Vaccination in Bombay 1902-1912 - 1902-1912
Year: 1902
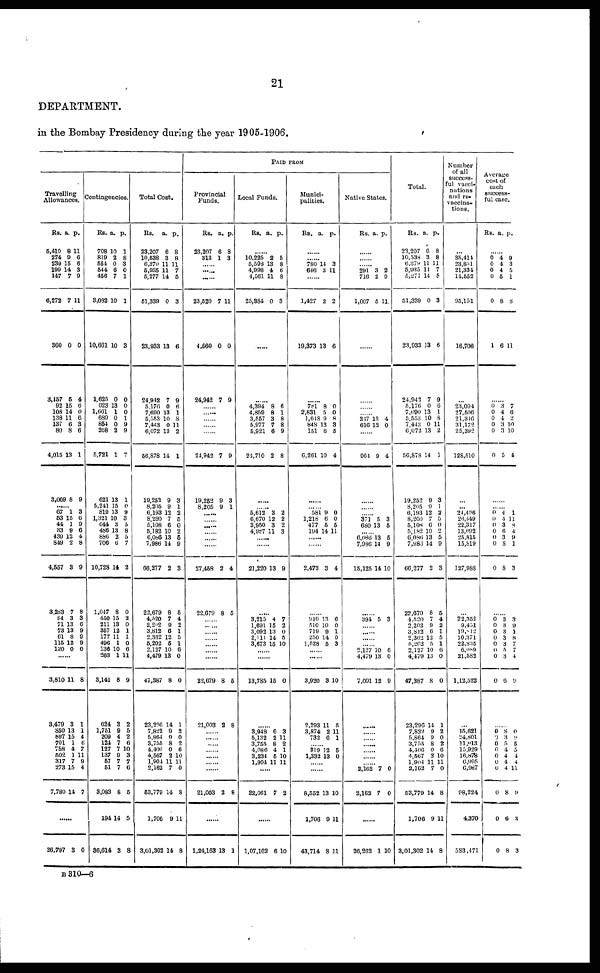
21
DEPARTMENT.
in the Bombay Presidency during the year 1905-1906.
Travelling
Allowances.
Rs.
5,410
274
239
199
147
6,272
360
3,457
92
108
138
137
80
4,015
3,069
a.
8
9
15
14
7
7
0
6
15
14
11
6
8
13
8
p.
11
6
6
3
9
11
0
4
6
0
6
3
6
1
9
......
67
63
44
S3
439
849
4,557
3,283
84
71
73
61
115
120
1
15
1
9
12
2
3
7
3
13
13
8
12
0
3
6
9
6 4
8
9
8
3
6
9
9
9
0
......
3,810
3,479
850
897
701
756
502
317
273
7,780
11
3
13
15
1
4
1
7
15
14
8
1
1
4
6
7
11
9
4
7
......
26,797 3 0
Contingencies.
Rs.
708
819
551
544
456
3,082
10,661
1,625
623
1,661
689
854
268
5,721
621
5,241
819
1,321
644
486
886
706
10,728
1,047
450
211
357
177
496
136
263
3,141
624
1,751
209
124
127
137
57
51
3,083
194
86,614
a.
10
2
0
6
7
10
10
0
13
1
0
0
2
1
13
15
13
10
3
13
2
6
14
8
15
13
12
11
1
10
1
8
3
9
4
7
7
9
7
7
8
14
3
p.
1
8
3
0
1
1
3
0
0
0
1
9
9
7
1
0
9
3
5
8
5
7
2
0
2
0
1
1
0
6
11
9
2
5
2
6
10
3
7
6
5
5
8
Total Cost.
Rs.
23,207
10,538
6,379
5,935
5,277
51,339
23,933
24,942
5,176
7 690
5,653
7,443
6,072
56,878
19,252
8,205
6,193
8,260
5,108
5,182
6,086
7,986
66,277
22,679
4,520
2,202
3,812
2,362
5,202
2,127
4,479
47,387
23,206
7,822
5,864
3,755
4,406
4,567
1,904
2,162
53,779
1,706
3,01,302
a.
6
3
11
11
14
0
13
7
0
13
10
0
13
14
9
9
12
7
6
10
13
14
2
8
7
9
6
12
5
10
13
8
14
9
9
8
0
2
11
7
14
9
14
p.
8
8
11
7
5
3
6
9
6
1
8
11
2
1
3
1
2
5
0
2
5
9
3
5
4
2
1
5
1
6
0
0
1
2
0
2
6
10
11
0
8
11
8
PAID FROM
Provincial
Funds.
Rs.
23,207
313
a.
6
1
p.
8
3
......
......
......
23,520
4,560
24,942
7
0
7
11
0
9
......
......
......
......
......
24,942
19,262
8,205
7
9
9
9
3
1
......
......
......
......
......
......
27,458
22,679
2
8
4
5
......
......
......
......
......
......
......
22,679
21,003
8
2
5
8
......
......
......
......
......
......
......
21,003 2 8
......
1,24,163 13 1
Local Funds.
Rs. a. p.
......
10,225
5,598
4,998
4,561
25,384
2
13
4
11
0
5
8
6
8
3
......
......
4,394
4,859
3,557
5,977
5,921
24,710
8
8
3
7
6
2
6
1
8
8
9
8
......
......
5,612
6,670
3,950
4,987
3
12
3
11
2
2
2
3
......
......
21,220 13 9
......
3,215
1,691
3,092
2,111
3,673
4
15
13
14
15
7
2
0
5
10
......
......
13,785 15 0
......
3,948
5,132
3,755
4,086
3,234
1,904
6
2
8
4
5
11
3
11
2
1
10
11
......
22,061 7 2
......
1,07,162 6 10
Munici-
palities.
Rs. a. p.
......
......
780
646
14
3
3
11
......
1,427
19,373
2
13
2
6
......
781
2,631
1,648
848
151
6,261
8
5
9
13
6
10
0
0
8
3
5
4
......
......
58
1,218
477
194
9
6
5
14
0
0
5
11
......
......
2,472 3 4
......
910
510
719
250
1,528
13
10
9
14
5
6
0
1
0
3
......
......
3,920
2,293
3,874
732
3
11
2
6
10
5
11
1
......
319
1,332
12
13
5
0
......
......
8,552
1,706
43,714
13
9
8
10
11
11
Native States.
Rs. a. p.
......
......
......
291
716
1,007
3
2
5
2
9
11
......
......
......
......
347
616
13
12
4
0
......
964 9 4
......
......
......
371
680
5
13
3
5
......
6,086
7,986
15,125
13
14
14
5
9
10
......
394 5 3
......
......
......
......
2,127
4,479
7,001
10
13
12
6
0
9
......
......
......
......
......
......
......
2,162
2,162
7
7
0
0
......
26,262 1 10
Total.
Rs.
23,207
10,538
6,379
5,935
5,277
51,339
23,933
24,942
5,176
7,690
5,553
7,443
6,072
50,878
19,252
8,205
6,193
8,260
5,108
5,182
6,086
7,976
66,277
22,679
4,520
2,202
3,812
2,362
5,202
2,127
4,479
47,387
23,296
7,822
5,864
3,755
4,406
4,567
1,904
2,162
53,779
1,706
3,01,302
a.
6
3
11
11
14
0
13
7
0
13
10
0
13
14
9
9
12
7
6
10
13
14
2
8
7
9
6
12
5
10
13
8
14
9
9
8
0
2
11
7
14
9
14
p.
8
8
11
7
5
3
6
9
6
1
8
11
2
1
3
1
2
5
0
2
5
9
3
5
4
2
1
5
1
6
0
0
1
2
0
2
6
10
11
0
8
11
8
Number
of all
success-
ful vacci-
nations
and re¬
vaccina-
tions.
...
35,414
23,851
21,334
14,552
95,151
16,706
...
23,094
27,506
21,316
31,172
25,392
128,510
...
...
24,496
26,449
22,317
13,092
25,815
15,819
127,988
...
22,352
9,451
19,812
10,371
22,835
6,089
21,582
1,12,522
...
15,621
24,801
11,013
15,929
16,878
6,995
6,987
98,224
4,370
583,471
Average
cost of
each
success-
ful case.
Rs. a. p.
......
0
0
0
0
0
1
4
4
4
5
8
6
9
3
5
1
8
11
0
0
0
0
0
0
3
4
4
3
3
5
7
6
2
10
10
4
......
......
0
0
0
0
0
0
0
4
4
3
6 3
8
8
1
11
8 4
9 1
3
......
0
0
0
0
0
0
0
0
3
3
3
3
3
5
3
6
3
9
1
8
7
7
4
9
......
0
9
0
0
0
0
0
0
0
0
8
8
5
4
4
4
4
8
6
8
0
9
5
5
4
4
11
9
3
3
B 310—6